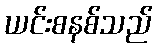
ယင်းစနစ်သည်